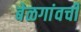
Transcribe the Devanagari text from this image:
बेळगांवची